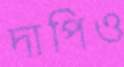
দাপিও